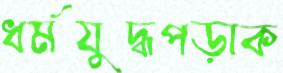
ধর্মযুদ্ধপড়াক